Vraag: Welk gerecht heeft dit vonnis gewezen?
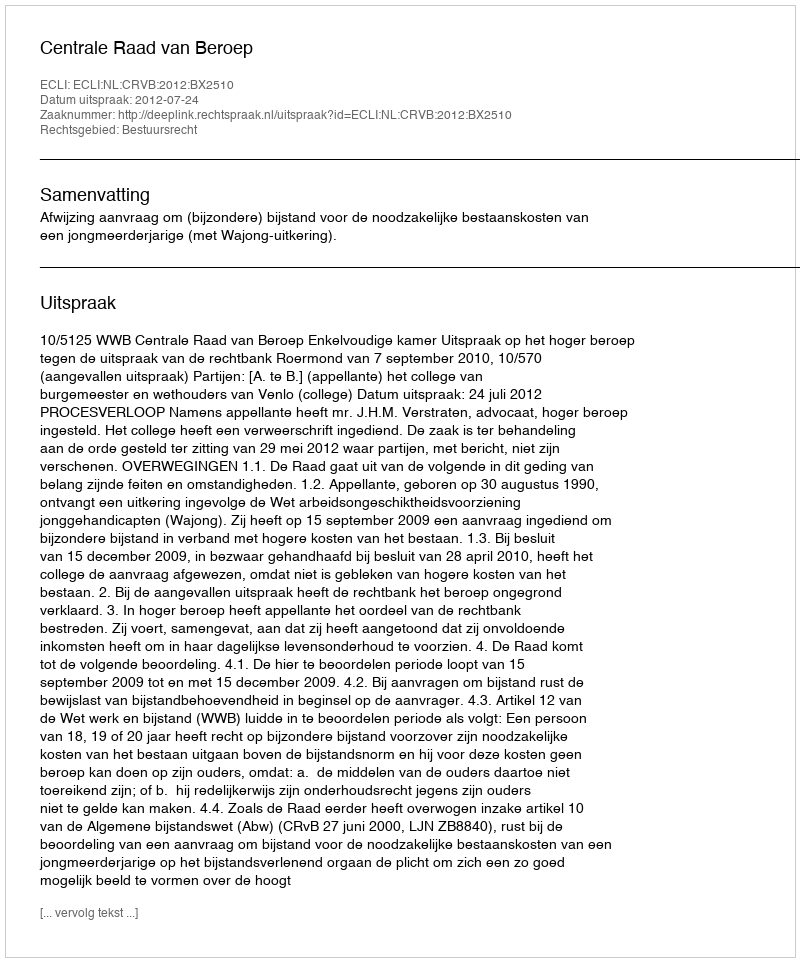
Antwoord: Centrale Raad van Beroep